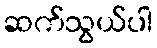
ဆက်သွယ်ပါ